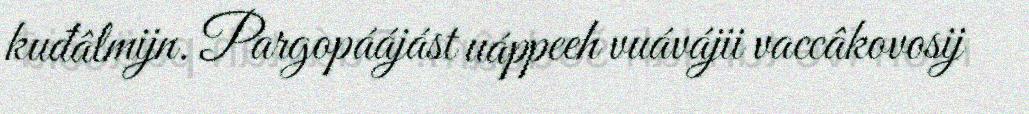
kuđâlmijn. Pargopáájást uáppeeh vuávájii vaccâkovosij